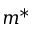
m ^ { * }